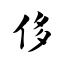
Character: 侈